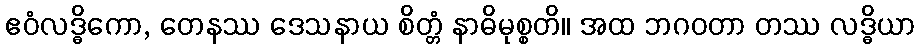
ဧဝံလဒ္ဓိကော, တေနဿ ဒေသနာယ စိတ္တံ နာဓိမုစ္စတိ။ အထ ဘဂဝတာ တဿ လဒ္ဓိယာ